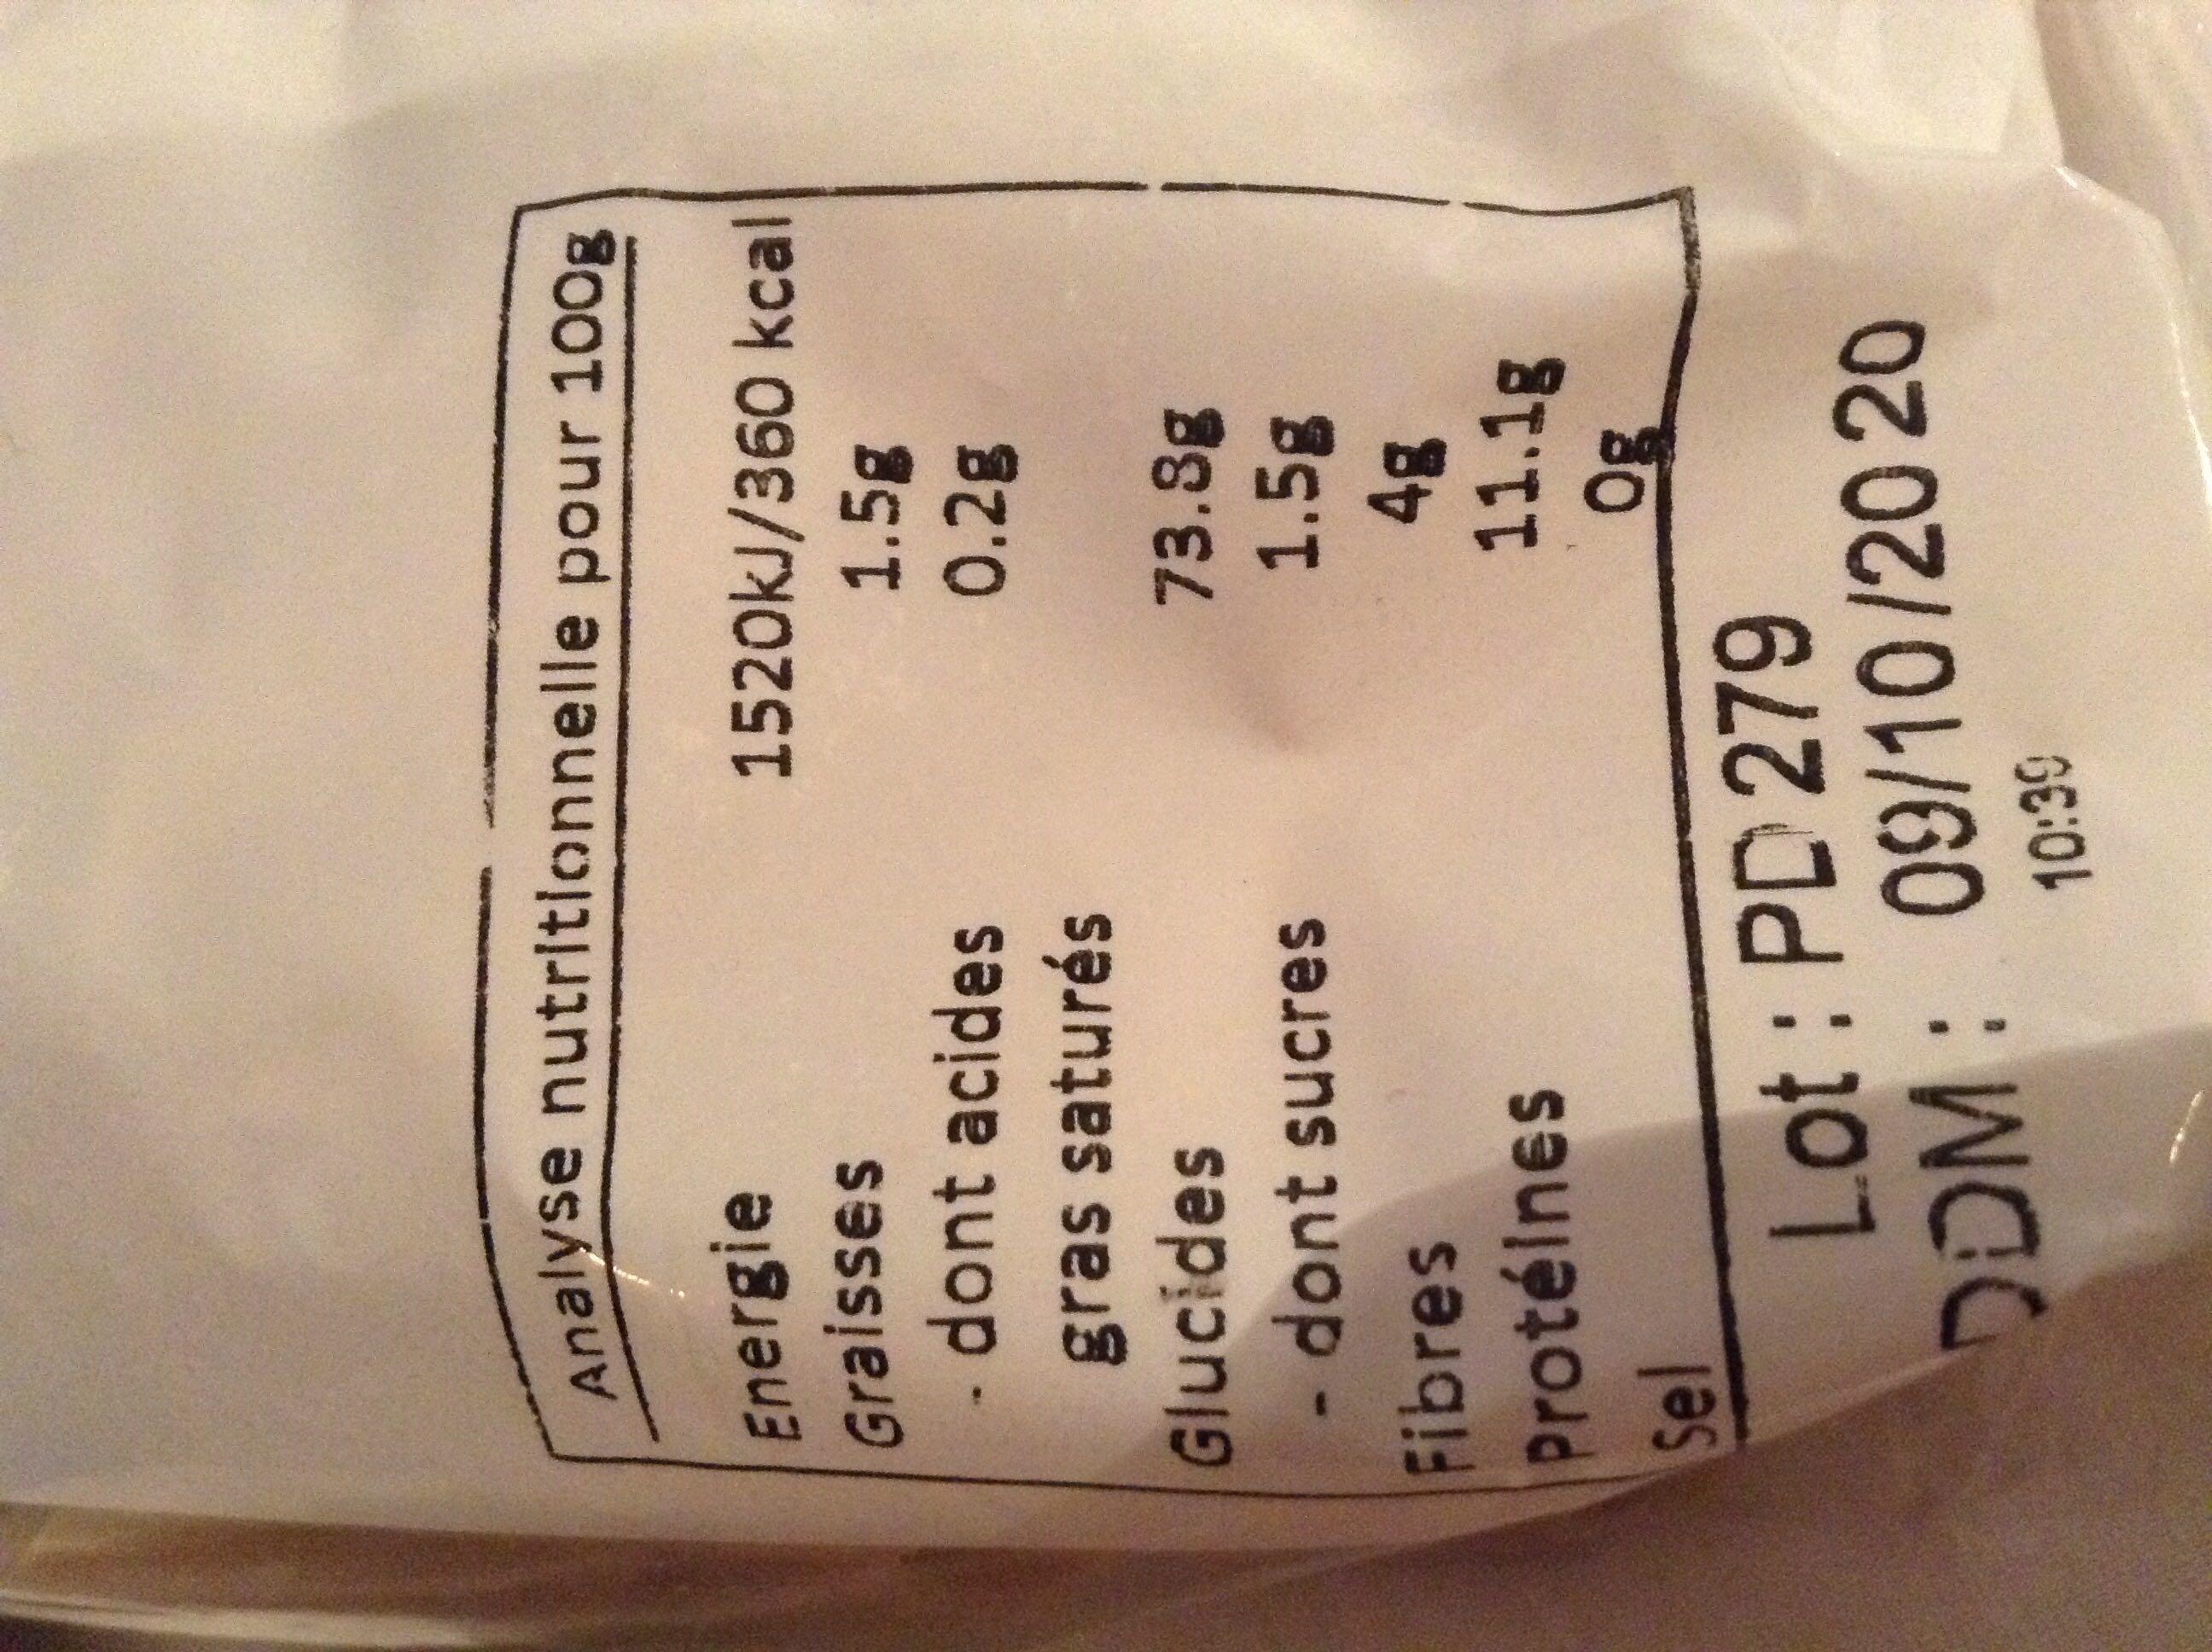
Analyse nutritionnelle pour 100g
Energie
Graisses
- dont acides
gras saturés
Glucides
- dont sucres
Fibres
Protéines
Sel
1520kJ/360 kcal
1.5g
0.2g
73.8g
1.58
4g
11.18
Og
Lot : PD 279 DDM: 09/10/2020
10:39